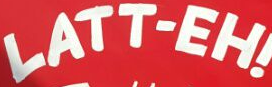
LATT-EH